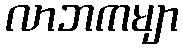
လာဘကမျာ